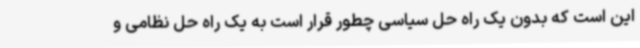
این است که بدون یک راه حل سیاسی چطور قرار است به یک راه حل نظامی و